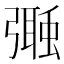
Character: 𢐩